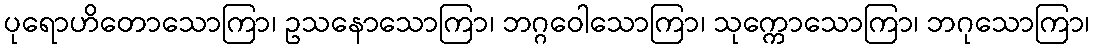
ပုရောဟိတောသောကြာ၊ ဥသနောသောကြာ၊ ဘဂ္ဂဝေါသောကြာ၊ သုက္ကောသောကြာ၊ ဘဂုသောကြာ၊